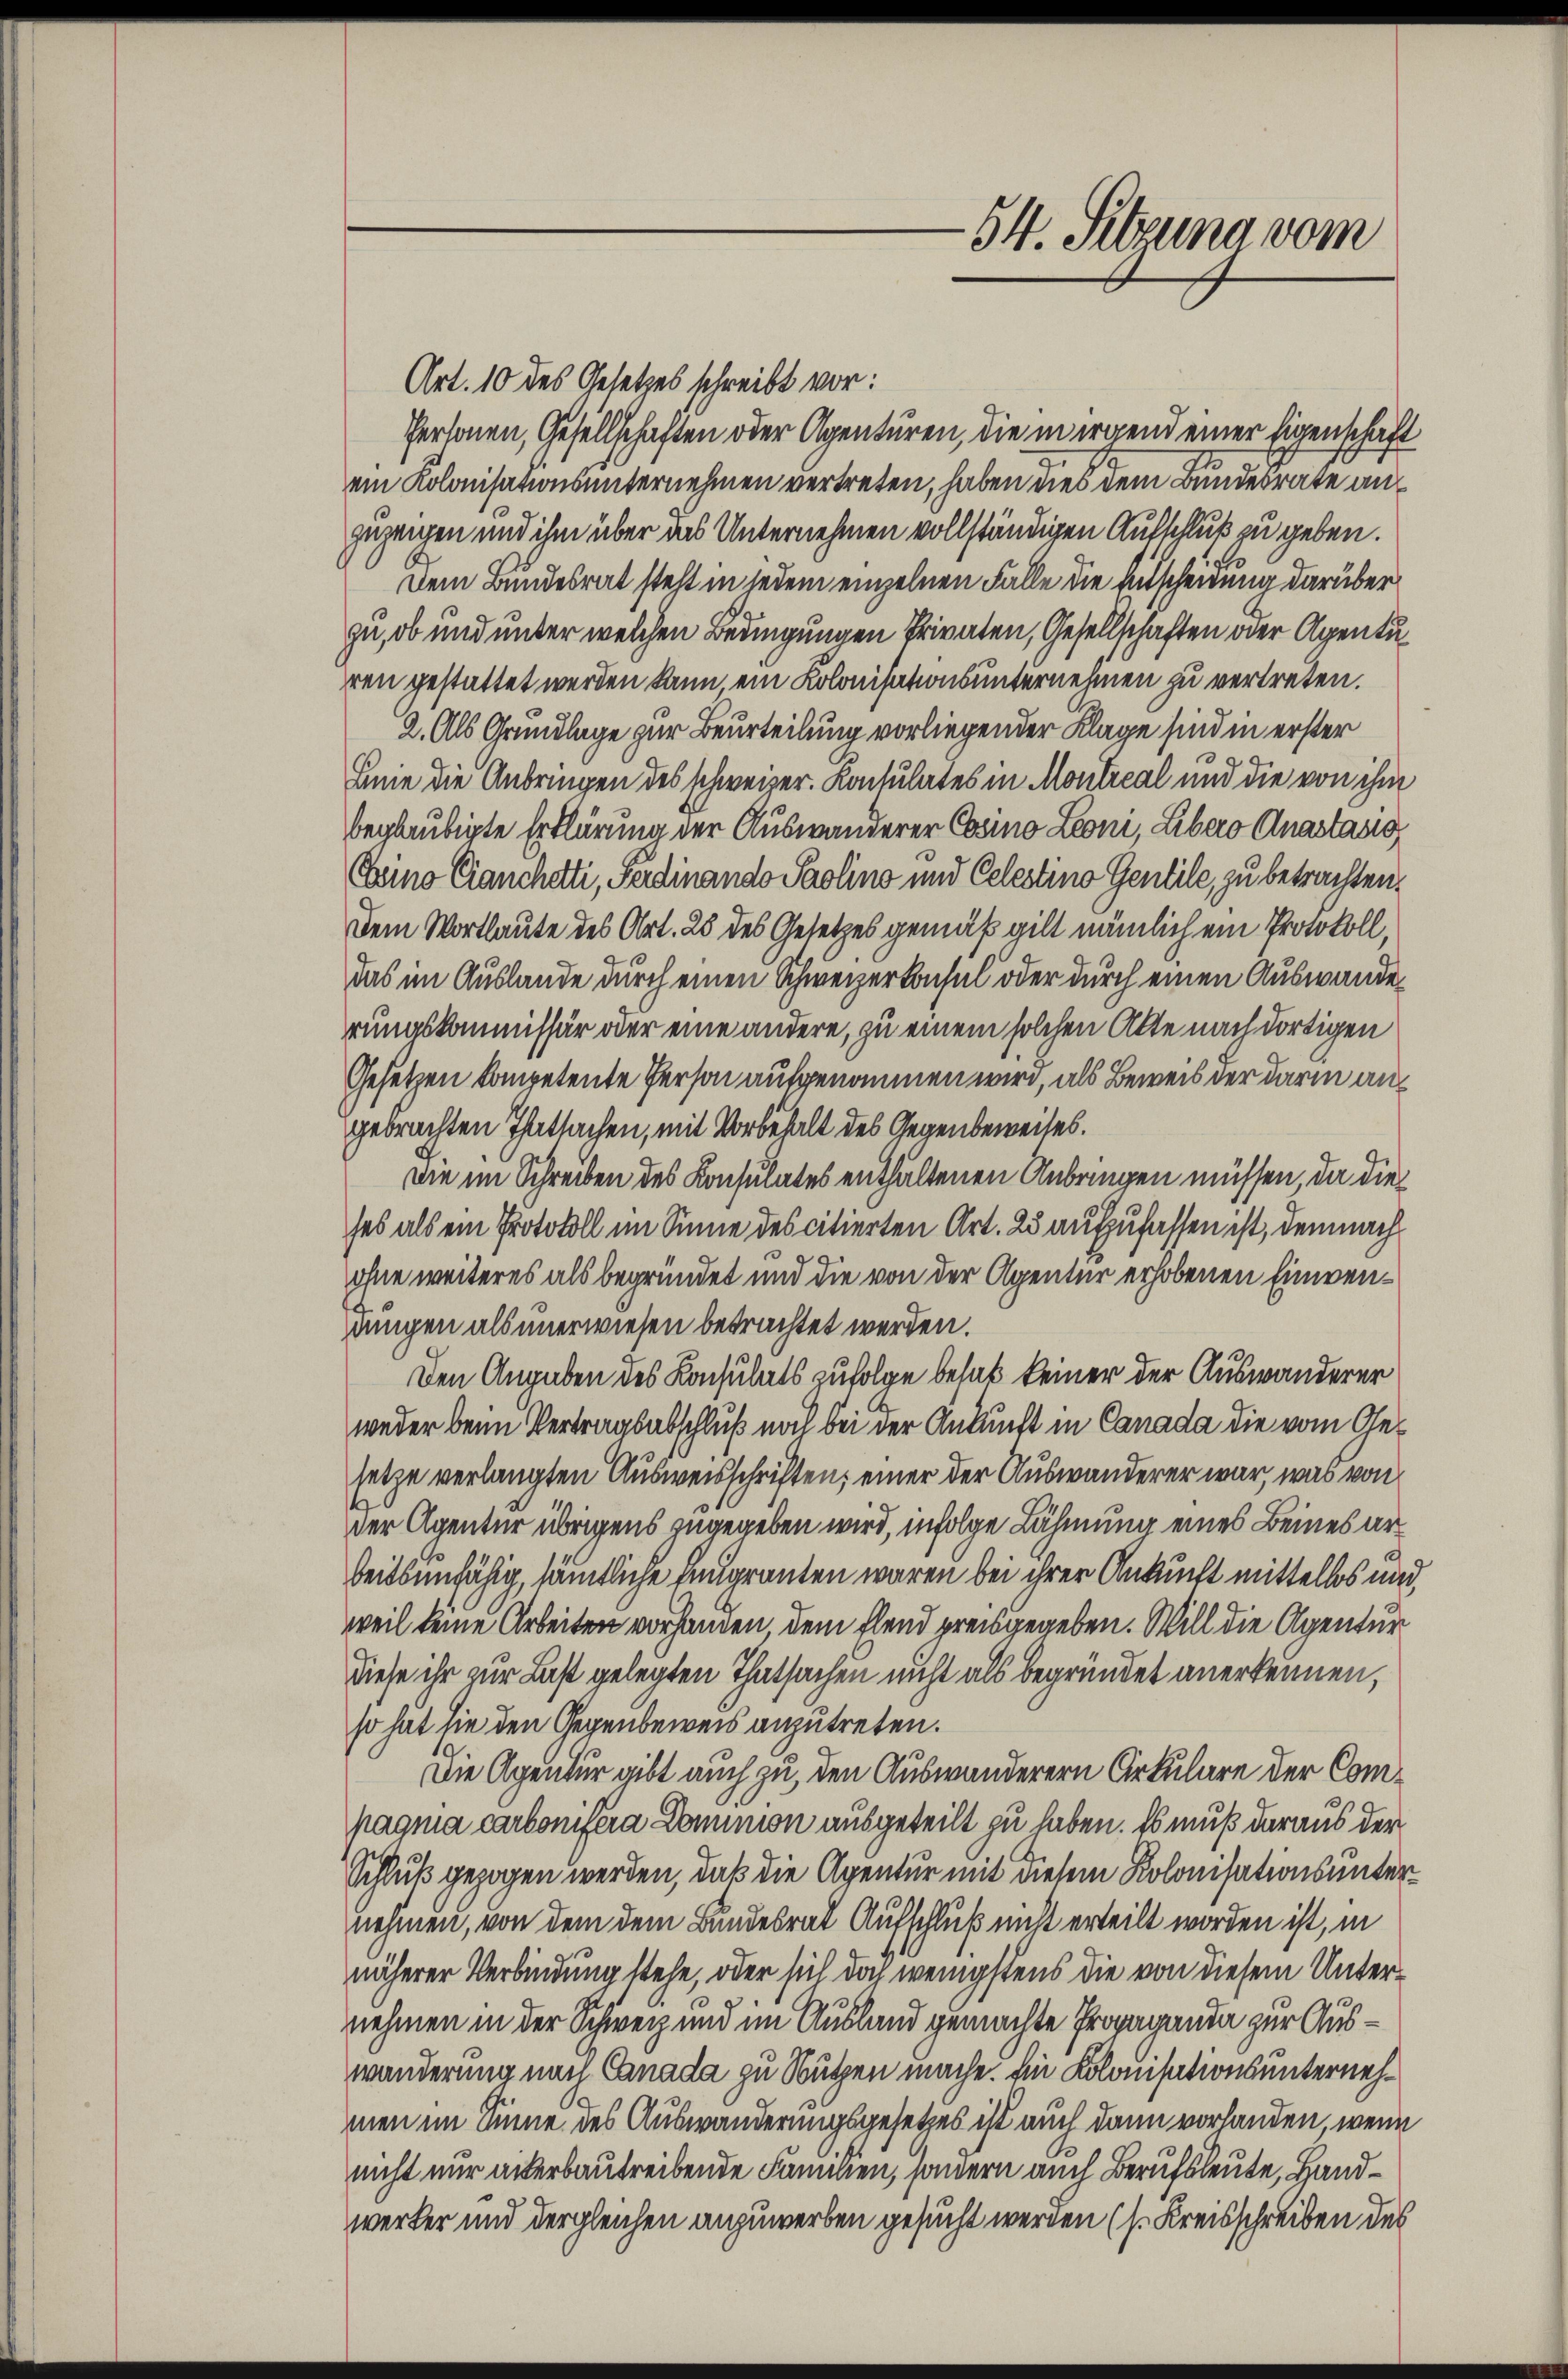
Art. 10 des Gesetzes schreibt vor:
Personen, Gesellschaften oder Agenturen, die in irgend einer Eigenschaft
ein Kolonisationsunternehmen vertreten, haben dies dem Bundesrate aus
zuzeigen und ihm über das Unternehmen vollständigen Aufschluß zu geben.
Dem Bundesrat steht in jedem einzelnen Falle die Entscheidung darüber
zu, ob und unter welchen Bedingungen Privaten, Gesellschaften oder Agenturen gestattet werden kann, ein Kolonisationsunternehmen zu vertreten.
2. Als Grundlage zur Beurteilung vorliegender Klage sind in erster
Linie die Anbringen des schweizer. Konsulates in Montreal und die von ihm
beglaubigte Erklärung der Auswanderer Casino Leoni, Libero Anastasio
Eeine Cranchetti, Sardinando Paolins und Celestino Gentile, zu betrachten.
Dem Wortlaute des Art. 25 des Gesetzes gemäß gilt nämlich ein Protokoll
das im Auslande durch einen Schweizerkonsul oder durch einen Auswanderungskommissär oder eine andere, zu einem solchen Alte nach dortigen
Gesetzen kompetente Person aufgenommen wird, als Beweis der darin angebrachten Thatsachen, mit Vorbehalt des Gegenbeweises.
wie im Schreiben des Konsulates enthaltenen Anbringen müssen, da die
ses als ein Protokoll im Sinne des citierten Art. 25 aufzufassen ist, demnach
ohne weiteres als begründet und die von der Agentur erhobenen Einwendungen als unerwiesen betrachtet werden.
Den Angaben des Konsulats zufolge besat keiner der Auswanderer
weder beim Vertragsabschluß noch bei der Ankunft in Canada die vom Gesetze verlangten Ausweisschriften, einer der Auswanderer war, was von
der Agentur übrigens angegeben wird, infolge Lähmung eines Beines arbeitsunfähig, sämmtliche Eingranten waren bei ihrer Ankunft mittellos und
weil keine Arbeiten vorhanden dem Elend preisgegeben. Will die Agentur
diese ihr zur Last gelegten Thatsachen nicht als begründet anerkennen,
so hat sie den Gegenbeweis anzutreten.
Die Agentur gibt auch zu, den Auswanderern Arkulare der Compagnia carbonisera Dominion ausgeteilt zu haben. Es muß daraus der
Schluß gezogen werden, daß die Agentur mit diesem Kolonisationsunternehmen, von dem dem Bundesrat Aufschluß nicht erteilt worden ist, in
näherer Verbindung stehe, oder sich doch wenigstens die von diesem Unternehmen in der Schweiz und im Ausland gemachte Propaganda zur Auswänderung nach Canada zu Nutzen mache. Ein Kolonisationsunternehmen im Sinne des Auswanderungsgesetzes ist auch dann vorhanden, wenn
nicht nur anerbautreibende Familien, sondern auch Berufsleute, Handwerker und dergleichen anzuwerben gesucht werden (s. Kreisschreiben des

54. Sitzuna vom